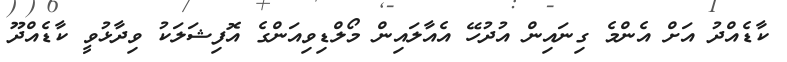
ކާޑެއްދު އަށް އެންމެ ގިނައިން އުދުހޭ އެއާލައިން މޯލްޑިވިއަންގެ އޮފިޝަލަކު ވިދާޅުވީ ކާޑެއްދޫ